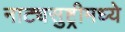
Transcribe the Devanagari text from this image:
नाट्यसुष्ट्रीमध्ये